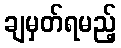
ချမှတ်ရမည့်